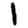
Digit: 1